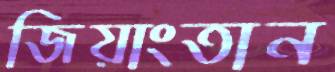
জিয়াংতান